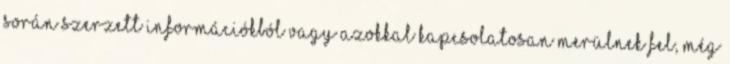
SORÁN SZERZETT INFORMÁCIÓKBÓL VAGY AZOKKAL KAPCSOLATOSAN MERÜLNEK FEL, MÉG